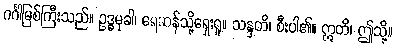
ဂင်္ဂါမြစ်ကြီးသည်။ ဥဒ္ဓမုခါ၊ ရေဆန်သို့ရှေးရှု။ သန္ဒတိ၊ စီးပါ၏။ ဣတိ၊ ဤသို့။